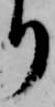
り